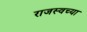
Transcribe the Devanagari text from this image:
राजस्वच्या